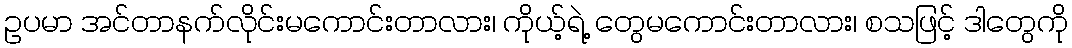
ဥပမာ အင်တာနက်လိုင်းမကောင်းတာလား၊ ကိုယ့်ရဲ့ တွေမကောင်းတာလား၊ စသဖြင့် ဒါတွေကို